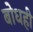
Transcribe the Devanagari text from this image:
बोधही